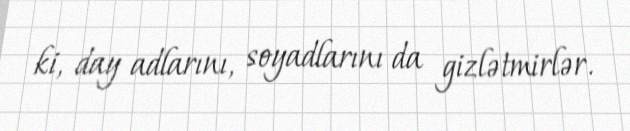
ki, day adlarını, soyadlarını da gizlətmirlər.